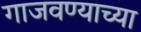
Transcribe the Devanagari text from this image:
गाजवण्याच्या